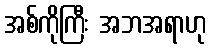
အစ်ကိုကြီး အဘအရာဟု